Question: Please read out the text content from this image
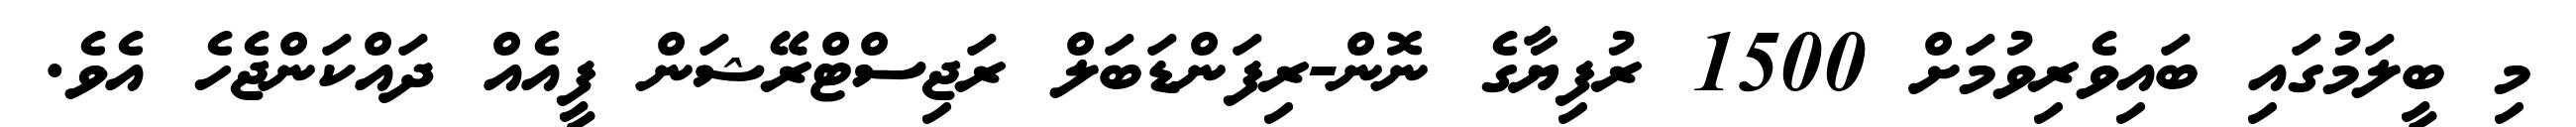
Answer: މި ބީލަމުގައި ބައިވެރިވުމަށް 1500 ރުފިޔާގެ ނޮން-ރިފަންޑަބަލް ރަޖިސްޓްރޭޝަން ފީއެއް ދައްކަންޖެހެ އެވެ.